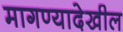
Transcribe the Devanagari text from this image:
मागण्यादेखील